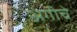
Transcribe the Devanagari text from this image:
अंगीचे